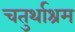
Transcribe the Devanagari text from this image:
चतुर्थाश्रम